Civil Veterinary Department Bihar reports 1936-40 - 1936-1940
Year: 1936
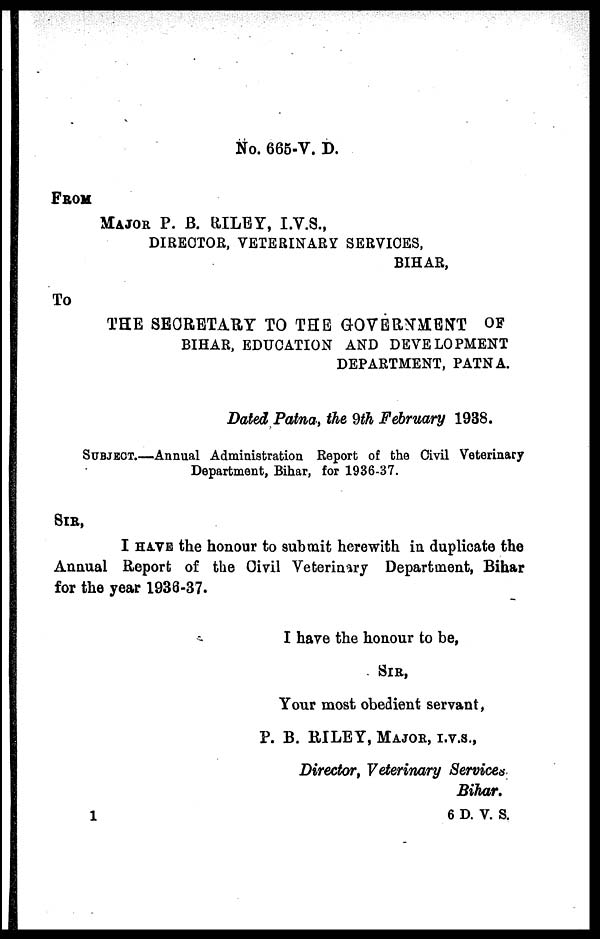
No. 665-V. D.
From
Major P. B. RILEY, I.V.S.,
DIRECTOR, VETERINARY SERVICES,
BIHAR,
To
THE SECRETARY TO THE GOVERNMENT OF
BIHAR, EDUCATION AND DEVELOPMENT
DEPARTMENT, PATNA.
Dated Patna, the 9th February 1938.
Subject.—Annual Administration Report of the Civil Veterinary
Department, Bihar, for 1936-37.
Sir,
I have the honour to submit herewith in duplicate the
Annual Report of the Civil Veterinary Department, Bihar
for the year 1936-37.
I have the honour to be,
Sir,
Your most obedient servant,
P. B. RILEY, Major, i.v.s.,
Director, Veterinary Services
Bihar.
6 D. V. S.